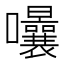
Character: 𭍈